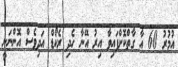
އުމުރު 60 އާ ގާތްކޮށްފައިވާ އިރު އޭނާ ހެދި ރެކޯޑް އަދިވެސް އޮންނަނީ